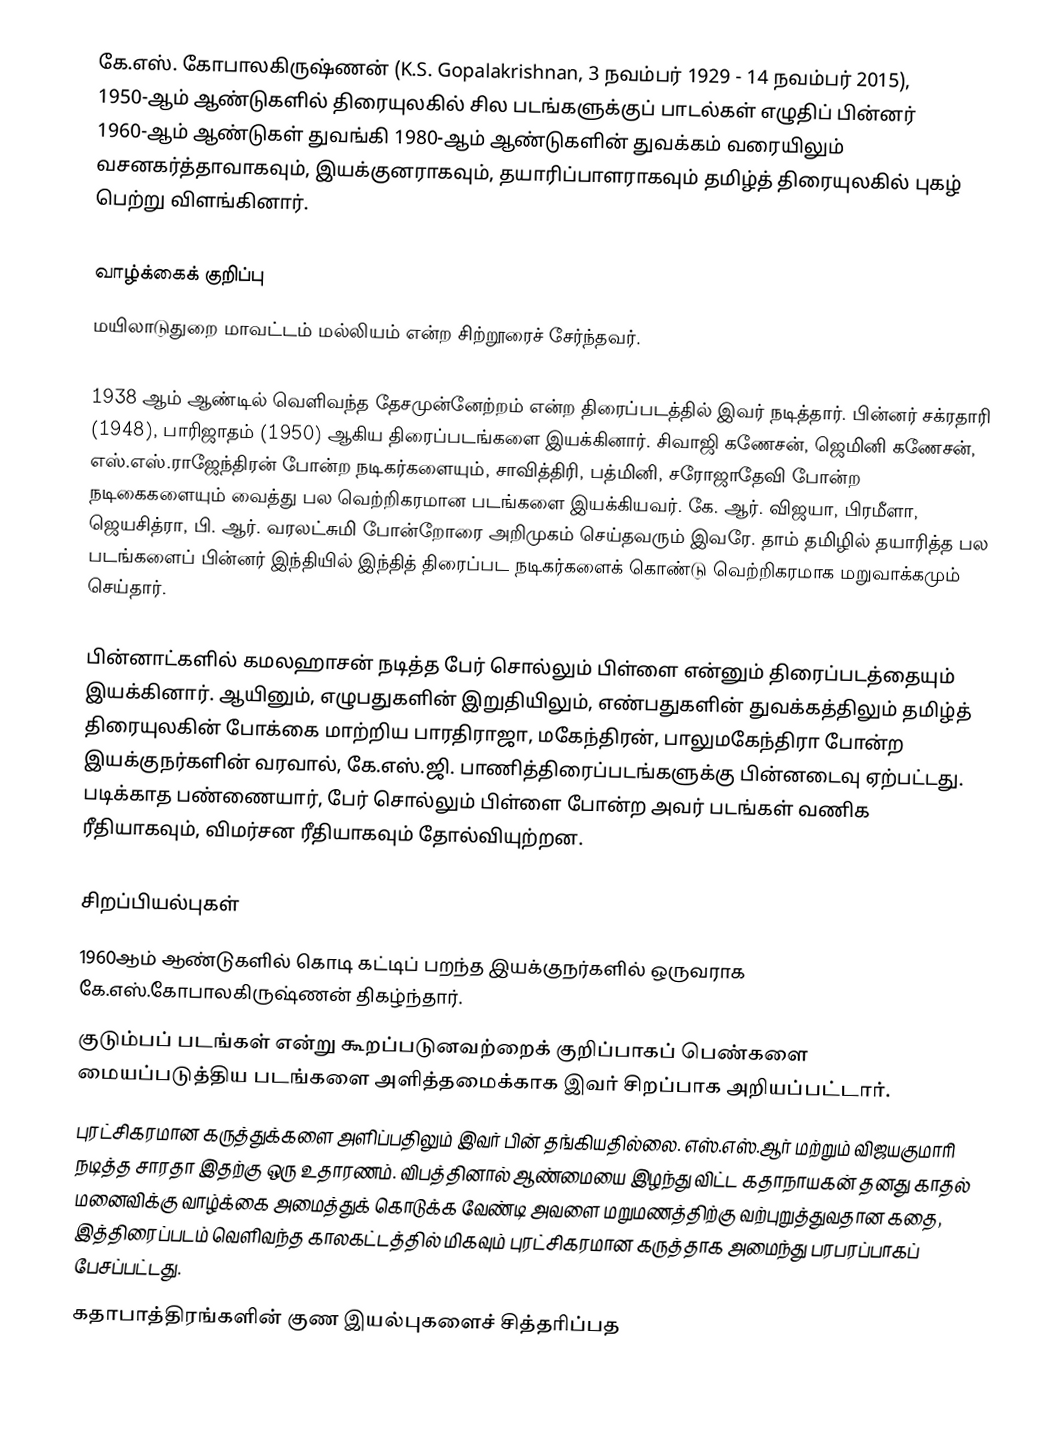
கே.எஸ். கோபாலகிருஷ்ணன் (K.S. Gopalakrishnan, 3 நவம்பர் 1929 - 14 நவம்பர் 2015), 1950-ஆம் ஆண்டுகளில் திரையுலகில் சில படங்களுக்குப் பாடல்கள் எழுதிப் பின்னர் 1960-ஆம் ஆண்டுகள் துவங்கி 1980-ஆம் ஆண்டுகளின் துவக்கம் வரையிலும் வசனகர்த்தாவாகவும், இயக்குனராகவும், தயாரிப்பாளராகவும் தமிழ்த் திரையுலகில் புகழ் பெற்று விளங்கினார்.

வாழ்க்கைக் குறிப்பு
மயிலாடுதுறை மாவட்டம்  மல்லியம் என்ற சிற்றூரைச் சேர்ந்தவர்.

1938 ஆம் ஆண்டில் வெளிவந்த தேசமுன்னேற்றம் என்ற திரைப்படத்தில் இவர் நடித்தார். பின்னர் சக்ரதாரி (1948), பாரிஜாதம் (1950) ஆகிய திரைப்படங்களை இயக்கினார். சிவாஜி கணேசன், ஜெமினி கணேசன், எஸ்.எஸ்.ராஜேந்திரன் போன்ற நடிகர்களையும், சாவித்திரி, பத்மினி, சரோஜாதேவி போன்ற நடிகைகளையும் வைத்து பல வெற்றிகரமான படங்களை இயக்கியவர். கே. ஆர். விஜயா, பிரமீளா, ஜெயசித்ரா, பி. ஆர். வரலட்சுமி போன்றோரை அறிமுகம் செய்தவரும் இவரே. தாம் தமிழில் தயாரித்த பல படங்களைப் பின்னர் இந்தியில் இந்தித் திரைப்பட நடிகர்களைக் கொண்டு வெற்றிகரமாக மறுவாக்கமும் செய்தார்.

பின்னாட்களில் கமலஹாசன் நடித்த பேர் சொல்லும் பிள்ளை என்னும் திரைப்படத்தையும் இயக்கினார். ஆயினும், எழுபதுகளின் இறுதியிலும், எண்பதுகளின் துவக்கத்திலும் தமிழ்த் திரையுலகின் போக்கை மாற்றிய பாரதிராஜா, மகேந்திரன், பாலுமகேந்திரா போன்ற இயக்குநர்களின் வரவால், கே.எஸ்.ஜி. பாணித்திரைப்படங்களுக்கு பின்னடைவு ஏற்பட்டது. படிக்காத பண்ணையார், பேர் சொல்லும் பிள்ளை போன்ற அவர் படங்கள் வணிக ரீதியாகவும், விமர்சன ரீதியாகவும் தோல்வியுற்றன.

சிறப்பியல்புகள்
 1960ஆம் ஆண்டுகளில் கொடி கட்டிப் பறந்த இயக்குநர்களில் ஒருவராக கே.எஸ்.கோபாலகிருஷ்ணன் திகழ்ந்தார்.
 குடும்பப் படங்கள் என்று கூறப்படுனவற்றைக் குறிப்பாகப் பெண்களை மையப்படுத்திய படங்களை அளித்தமைக்காக இவர் சிறப்பாக அறியப்பட்டார்.
 புரட்சிகரமான கருத்துக்களை அளிப்பதிலும் இவர் பின் தங்கியதில்லை. எஸ்.எஸ்.ஆர் மற்றும் விஜயகுமாரி நடித்த சாரதா இதற்கு ஒரு உதாரணம். விபத்தினால் ஆண்மையை இழந்து விட்ட கதாநாயகன் தனது காதல் மனைவிக்கு வாழ்க்கை அமைத்துக் கொடுக்க வேண்டி அவளை மறுமணத்திற்கு வற்புறுத்துவதான கதை, இத்திரைப்படம் வெளிவந்த காலகட்டத்தில் மிகவும் புரட்சிகரமான கருத்தாக அமைந்து பரபரப்பாகப் பேசப்பட்டது.
 கதாபாத்திரங்களின் குண இயல்புகளைச் சித்தரிப்பத